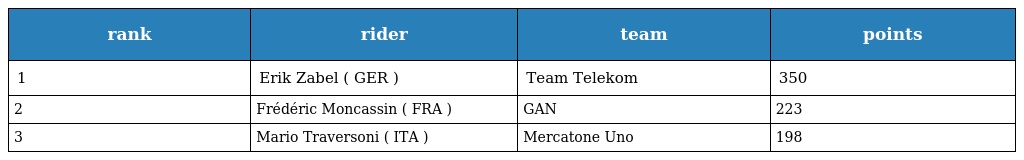
| rank | rider | team | points |
 | --- | --- | --- | --- |
 | 1 | Erik Zabel ( GER ) | Team Telekom | 350 |
 | 2 | Frédéric Moncassin ( FRA ) | GAN | 223 |
 | 3 | Mario Traversoni ( ITA ) | Mercatone Uno | 198 |